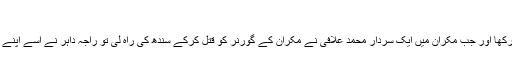
باغیوں کی پشت پناہی
باہمی دشمنی کی فضا کو راجہ داہر نے برقرار رکھا اور جب مکران میں ایک سردار محمد علافی نے مکران کے گورنر کو قتل کرکے سندھ کی راہ لی تو راجہ داہر نے اسے اپنے ہاں پناہ دی اور اپنی فوج میں اسے عہدہ بھی دیا۔